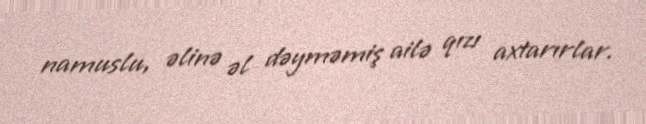
namuslu, əlinə əl dəyməmiş ailə qızı axtarırlar.